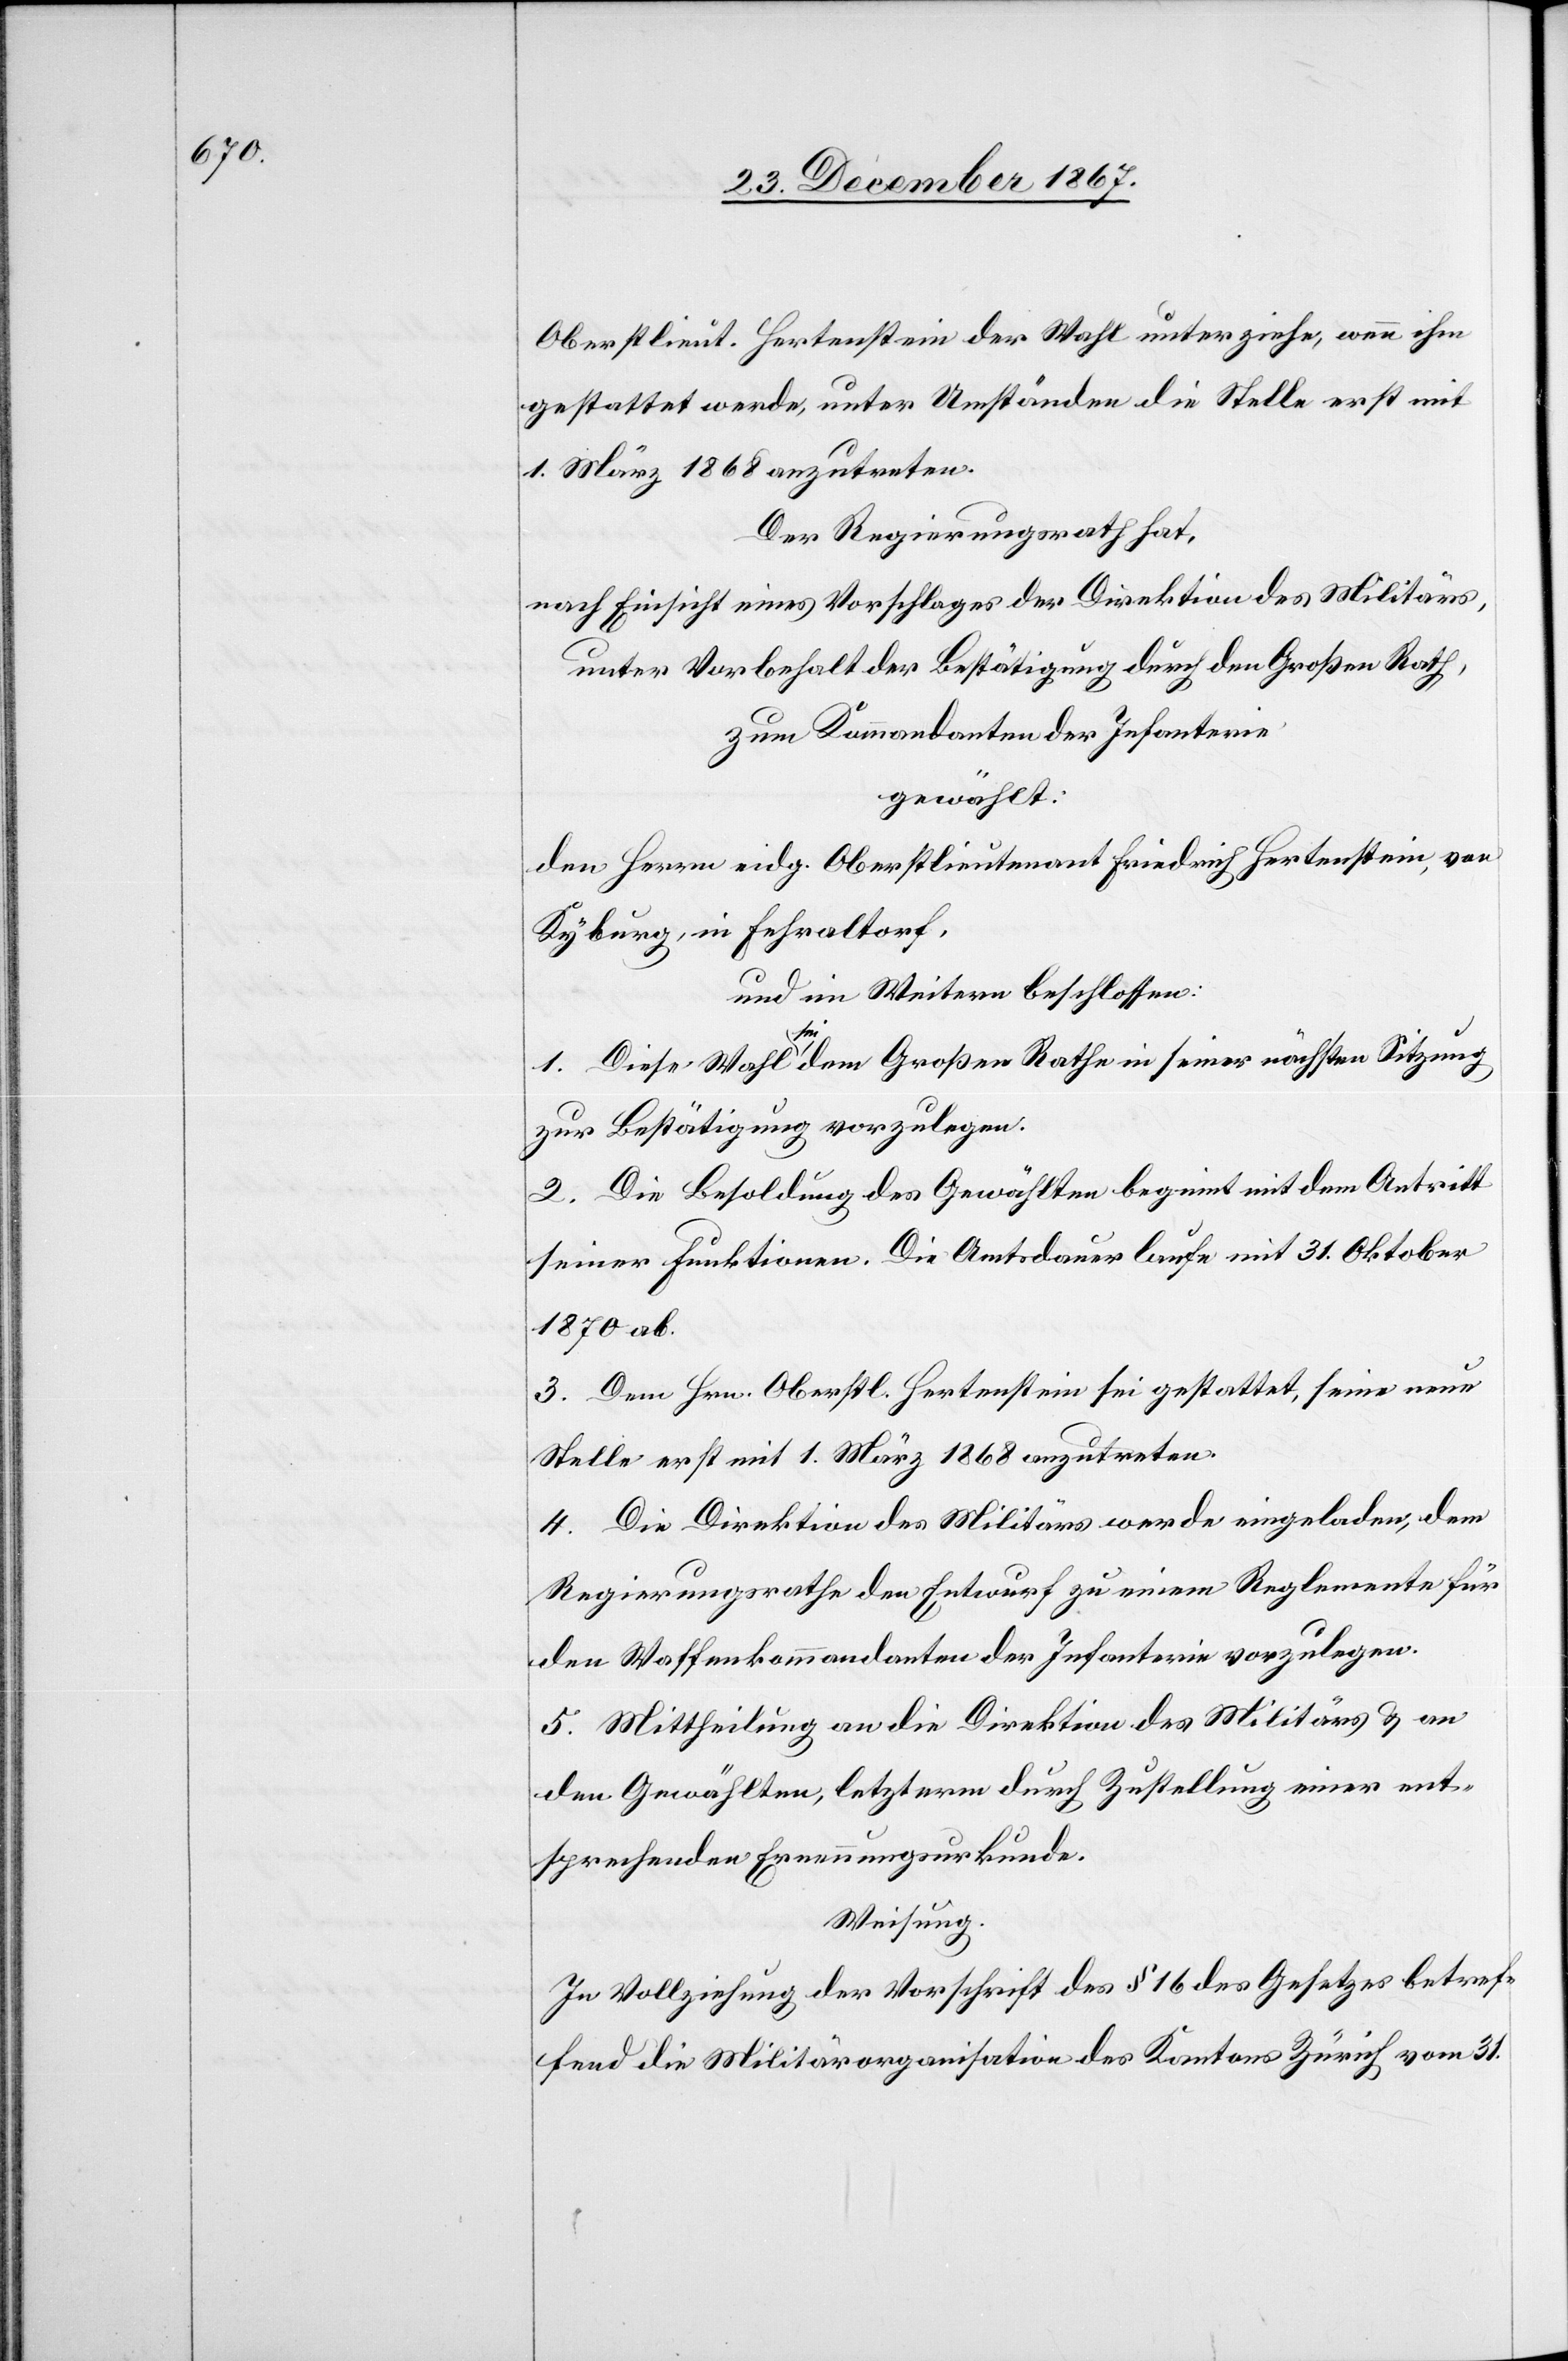
Oberstlieut. Hertenstein der Wahl unterziehe, wenn ihm
gestattet werde, unter Umständen die Stelle erst mit
1. März 1868 anzutreten.
Der Regierungsrath hat,
nach Einsicht eines Antrages der Direktion des Militärs,
unter Vorbehalt der Bestätigung durch den Großen Rath,
zum Kommandanten der Infanterie,
gewählt:
den Herrn eidg. Oberstlieutenant Friedrich Hertenstein, von
Kyburg, in Fehraltorf,
und im Weitern beschlossen:
1. Diese Wahl sei dem Großen Rathe in seiner nächsten Sitzung
zur Bestätigung vorzulegen.
2. Die Besoldung des Gewählten beginnt mit dem Antritt
seiner Funktionen. Die Amtsdauer laufe mit 31. Oktober
1870 ab.
3. Dem Hrn. Oberstl. Hertenstein sei gestattet, seine neue
Stelle erst mit 1. März 1868 anzutreten.
4. Die Direktion des Militärs werde eingeladen, dem
Regierungsrathe den Entwurf zu einem Reglemente für
den Waffenkommandanten der Infanterie vorzulegen.
5. Mittheilung an die Direktion des Militärs u. an
den Gewählten, letzterm durch Zustellung einer ent¬
sprechenden Ernennungsurkunde.
Weisung.
In Vollziehung der Vorschrift des § 16 des Gesetzes betref¬
fend die Militärorganisation des Kantons Zürich vom 31.